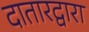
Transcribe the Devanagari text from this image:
दातारद्वारा